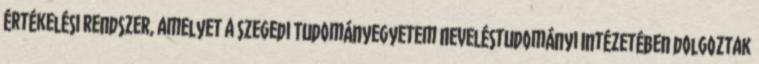
értékelési rendszer, amelyet a Szegedi Tudományegyetem Neveléstudományi Intézetében dolgoztak